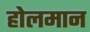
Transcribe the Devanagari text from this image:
होलमान